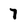
Character: 7